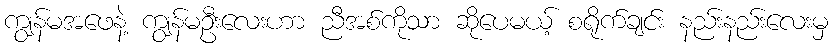
ကျွန်မအဖေနဲ့ ကျွန်မဦးလေးဟာ ညီအစ်ကိုသာ ဆိုပေမယ့် စရိုက်ချင်း နည်းနည်းလေးမှ